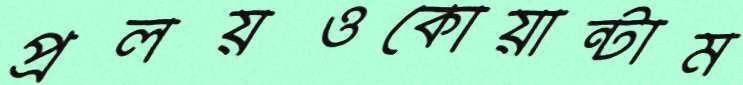
প্রলয়ওকোয়ান্টাম